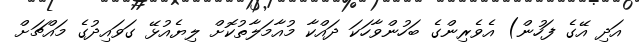
އަދި އޭގެ ފަހުން) އެވެރިންގެ ބަހުންވާހަކަ ދައްކާ މުއާމަލާތުކޮށް ލިޔެއުޅޭ ގަވައިދުގެ މައްޗަށް